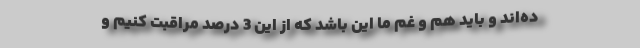
ده‌اند و باید همّ و غم ما این باشد که از این 3 درصد مراقبت کنیم و